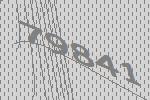
79841